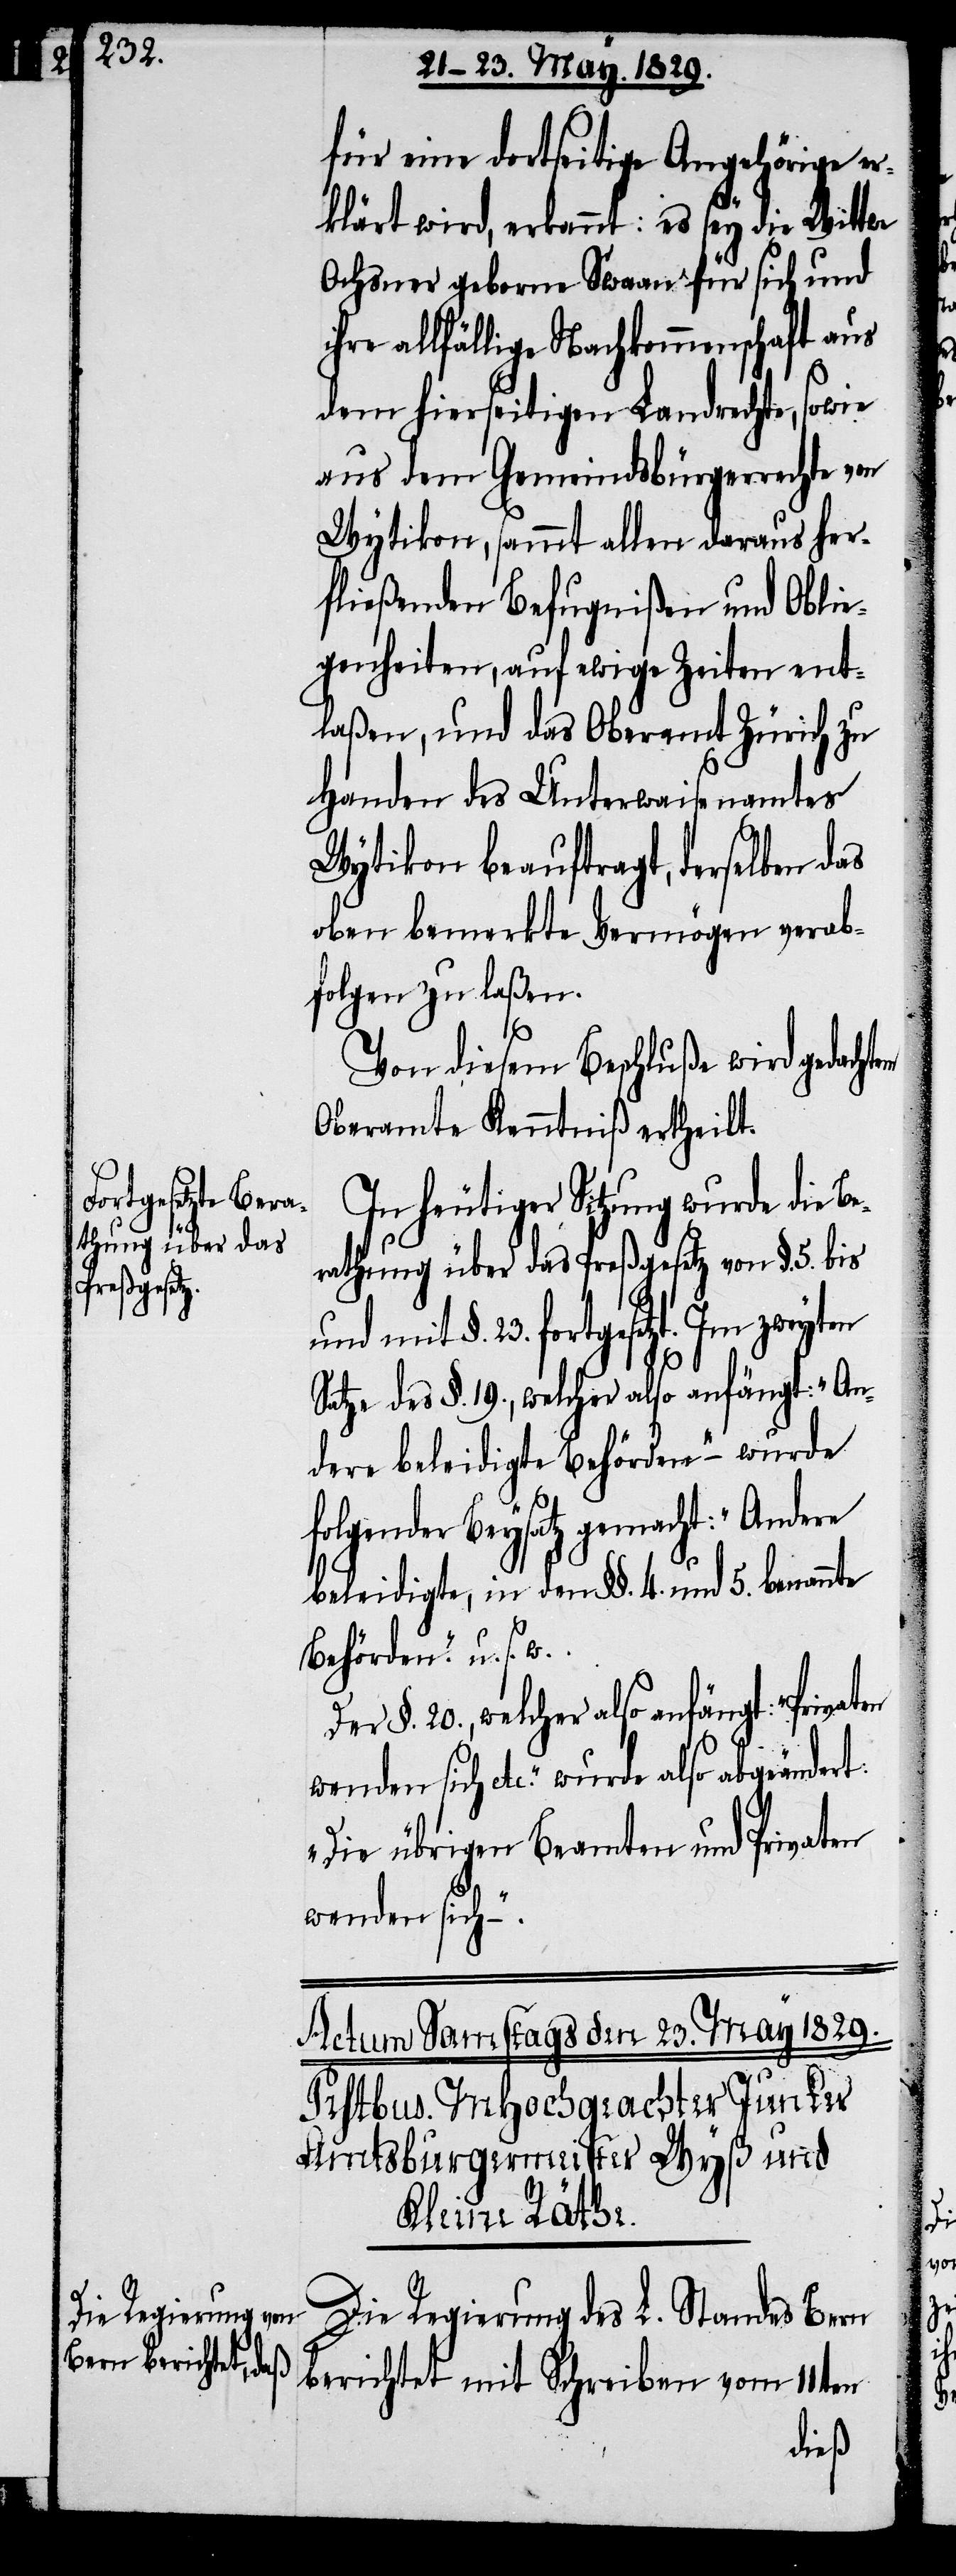
für eine dortseitige Angehörige er¬
klärt wird, erkannt: es sey die Wittwe
Ochsner geborne Swaan für sich und
ihre allfällige Nachkommenschaft aus
dem hierseitigen Landrechte, sowie
aus dem Gemeindsbürgerrecht von
Wytikon, sammt allen daraus her¬
fließenden Befugnißen und Oblie¬
genheiten, auf ewige Zeiten ent¬
laßen, und das Oberamt Zürich zu
Handen des Unterwaisenamtes
Wytikon beauftragt, derselben das
ober bemerkte Vermögen verab¬
folgen zu laßen.
Von diesem Beschluße wird gedachtem
Oberamte Kenntniß ertheilt.
In heutiger Sitzung wurde die Be¬
rathung über das Preßgesetz von §. 5. bis
mit §. 23. fortgesetzt. Im zweyten
Satze des §. 19., welcher also anfängt: „An¬
dere beleidigte Behörden“– wurde
folgender Beysatz gemacht: „Andere
beleidigte, in den §§. 4. und 5. benannte
Behörden.“ u. s.
Der §. 20., welcher also anfängt:
wenden sich etc.“ wurde also abgeändert:
„Die übrigen Beamten und Privaten
werden sich
Die Regierung des L. Standes Bern
berichtet mit Schreiben vom 11ten